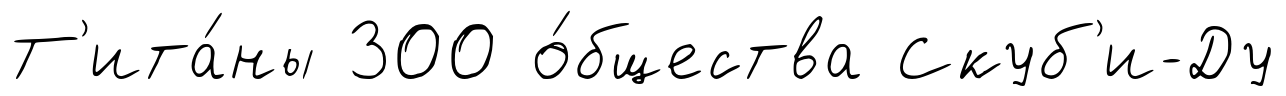
Т'ита́ны 300 о́бщества Скуб'и-Ду